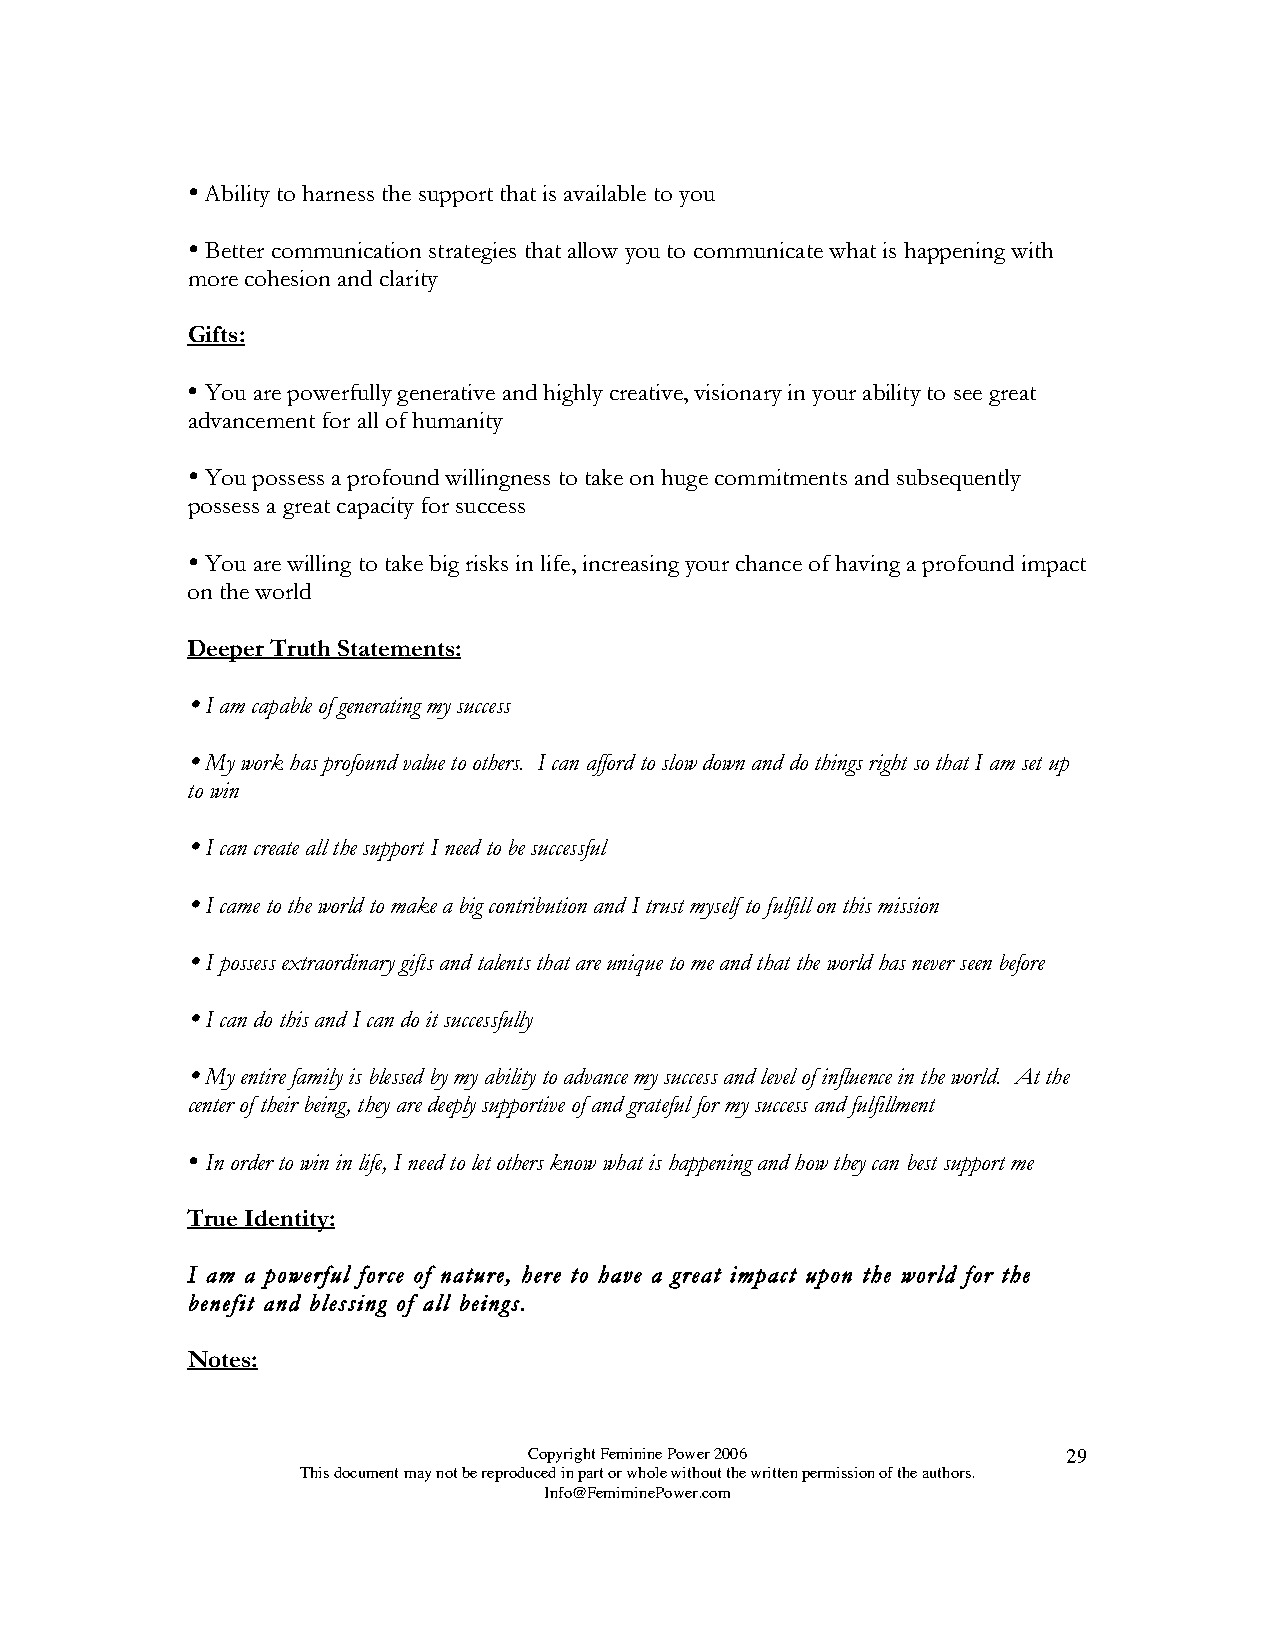

 Ability to harness the support that is available to you
 
 Better communication strategies that allow you to communicate what is happening with
 more cohesion and clarity
 Gifts:
 
 You are powerfully generative and highly creative, visionary in your ability to see great
 advancement for all of humanity
 
 You possess a profound willingness to take on huge commitments and subsequently
 possess a great capacity for success
 
 You are willing to take big risks in life, increasing your chance of having a profound impact
 on the world
 Deeper Truth Statements:
 
 I am capable of generating my success
 
 My work has profound value to others. I can afford to slow down and do things right so that I am set up
 to win
 
 I can create all the support I need to be successful
 
 I came to the world to make a big contribution and I trust myself to fulfill on this mission
 
 I possess extraordinary gifts and talents that are unique to me and that the world has never seen before
 
 I can do this and I can do it successfully
 
 My entire family is blessed by my ability to advance my success and level of influence in the world. At the
 center of their being, they are deeply supportive of and grateful for my success and fulfillment
 
 In order to win in life, I need to let others know what is happening and how they can best support me
 True Identity:
 I am a powerful force of nature, here to have a great impact upon the world for the
 benefit and blessing of all beings.
 Notes:
 Copyright Feminine Power 2006       29
 This document may not be reproduced in part or whole without the written permission of the authors.
 Info@FemiminePower.com